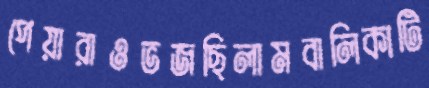
পেয়ারাওভজছিলামবালিকাটি